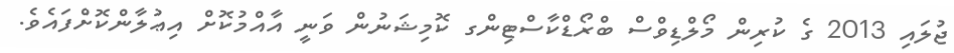
ޖުލައި 2013 ގެ ކުރިން މޯލްޑިވްސް ބްރޯޑްކާސްޓިންގ ކޮމިޝަނުން ވަނީ އާއްމުކޮށް އިޢުލާންކޮށްފައެވެ.